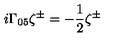
i \Gamma _ { 0 5 } \zeta ^ { \pm } = - \frac 1 2 \zeta ^ { \pm }